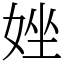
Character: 㛗